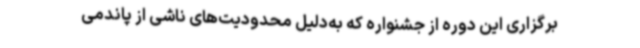
برگزاری این دوره از جشنواره که به‌دلیل محدودیت‌های ناشی از پاندمی